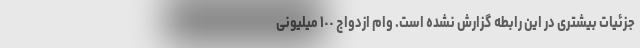
جزئیات بیشتری در این رابطه گزارش نشده است. وام ازدواج ١٠٠ میلیونی